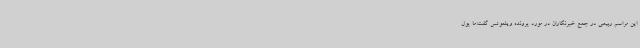
این مراسم ربیعی در جمع خبرنگاران در مورد پرونده ویلموتس گفت:ما پول